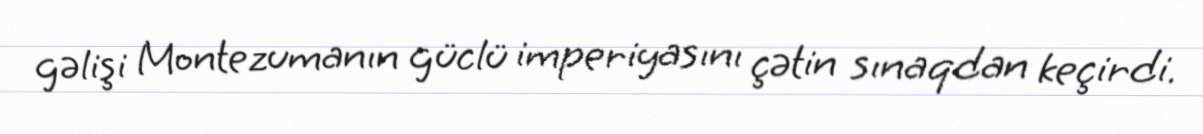
gəlişi Montezumanın güclü imperiyasını çətin sınaqdan keçirdi.